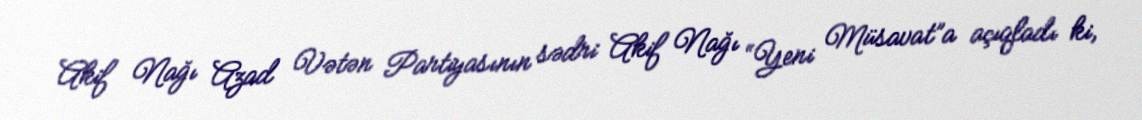
Akif Nağı Azad Vətən Partiyasının sədri Akif Nağı “Yeni Müsavat”a açıqladı ki,